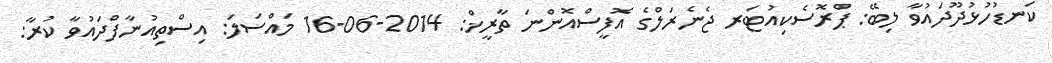
ކަނޑުހުޅުދޫދައުވާ ލިބޭ: ޕްރޮސެކިއުޓަރ ޖެނެރަލްގެ އޮފީސްއޮންނަ ތާރީޚް: 2014-06-16 މައްސަލަ: އިސްތިއުނާފްދައުވާ ކުރާ: